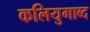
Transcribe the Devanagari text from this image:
कलियुगाब्द